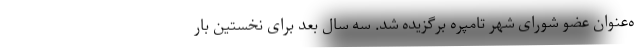
ه‌عنوان عضو شورای شهر تامپره برگزیده شد. سه سال بعد برای نخستین بار